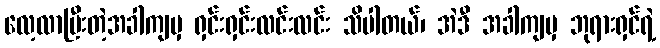
လေ့လာပြီးတဲ့အခါကျမှ ရှင်းရှင်းလင်းလင်း သိပါတယ်၊ အဲဒီ အခါကျမှ ဘုရားရှင်ရဲ့